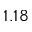
1 . 1 8